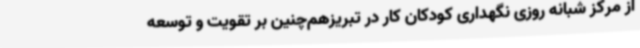
از مرکز شبانه روزی نگهداری کودکان کار در تبریزهم‌چنین بر تقویت و توسعه